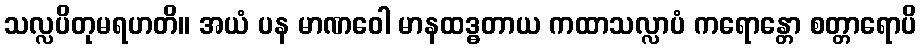
သလ္လပိတုမရဟတိ။ အယံ ပန မာဏဝေါ မာနထဒ္ဓတာယ ကထာသလ္လာပံ ကရောန္တော စတ္တာရောပိ